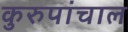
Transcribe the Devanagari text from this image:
कुरुपांचाल